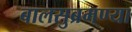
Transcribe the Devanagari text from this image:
बालसुब्रमण्या